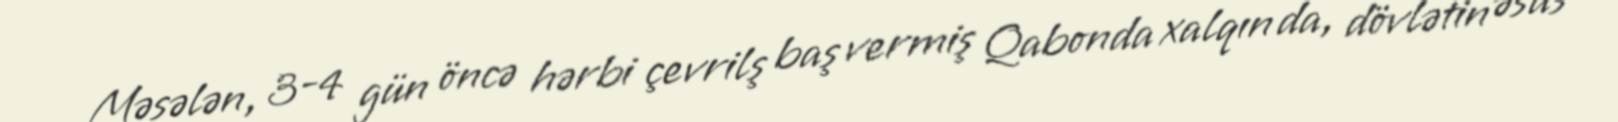
Məsələn, 3-4 gün öncə hərbi çevrilş baş vermiş Qabonda xalqın da, dövlətin əsas